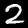
Label: 2